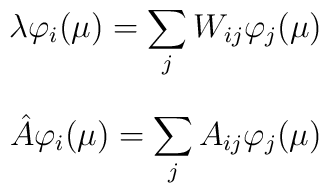
\lambda \varphi _i(\mu ) = \sum  _j W_{ij}\varphi _j(\mu )$$$$\hat A\varphi _i(\mu ) = \sum  _j A_{ij}\varphi _j(\mu )